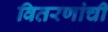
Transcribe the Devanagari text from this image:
वितरणांची